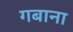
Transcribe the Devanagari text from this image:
गबाना